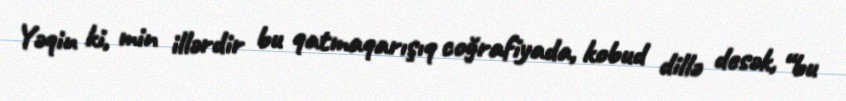
Yəqin ki, min illərdir bu qatmaqarışıq coğrafiyada, kobud dillə desək, “bu